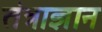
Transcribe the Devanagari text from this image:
तंत्राज्ञान